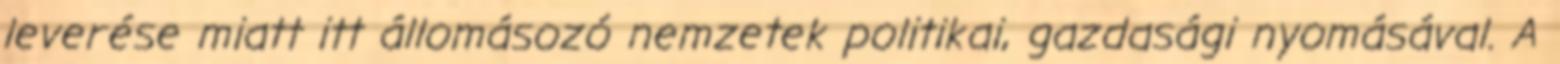
leverése miatt itt állomásozó nemzetek politikai, gazdasági nyomásával. A